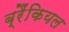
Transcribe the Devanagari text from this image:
ब्रैंकियल